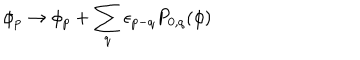
\phi _ { p } \rightarrow \phi _ { p } + \sum _ { q } \epsilon _ { p - q } P _ { 0 , q } ( \phi )